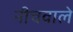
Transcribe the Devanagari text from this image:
नीचवाले